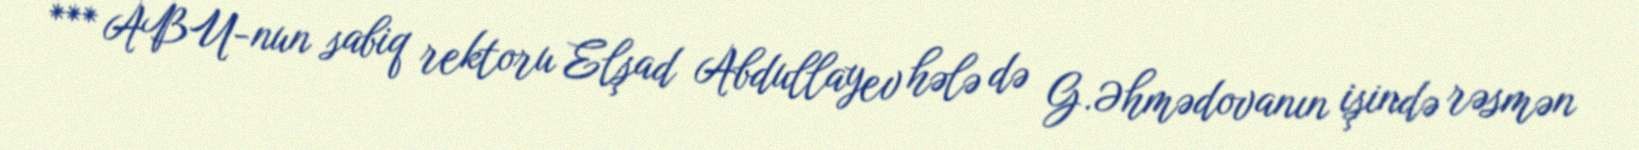
*** ABU-nun sabiq rektoru Elşad Abdullayev hələ də G.Əhmədovanın işində rəsmən